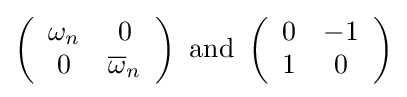
\left({\begin{array}{cc}\omega _{n}&0\\0&{\overline {\omega }}_{n}\end{array}}\right){\mbox{ and }}\left({\begin{array}{cc}0&-1\\1&0\end{array}}\right)